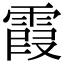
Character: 霞